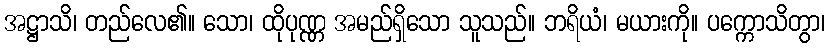
အဋ္ဌာသိ၊ တည်လေ၏။ သော၊ ထိုပုဏ္ဏ အမည်ရှိသော သူသည်။ ဘရိယံ၊ မယားကို။ ပက္ကောသိတွာ၊